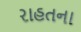
રાહતના